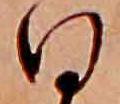
日